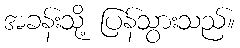
အခန်းသို့ ပြန်သွားသည်။